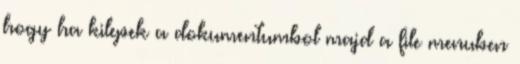
hogy ha kilepek a dokumentumbol majd a file menuben